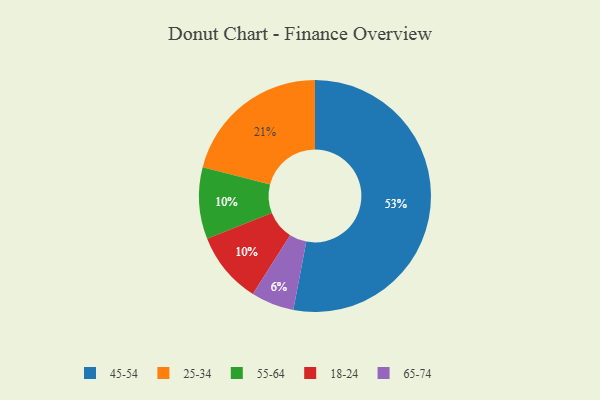
{"axis": {"x": "Category", "y": "Percentage"}, "legend": ["18-24", "25-34", "45-54", "55-64", "65-74"], "data": [{"x": "45-54", "y": 53, "type": "45-54"}, {"x": "55-64", "y": 10, "type": "55-64"}, {"x": "25-34", "y": 21, "type": "25-34"}, {"x": "65-74", "y": 6, "type": "65-74"}, {"x": "18-24", "y": 10, "type": "18-24"}]}